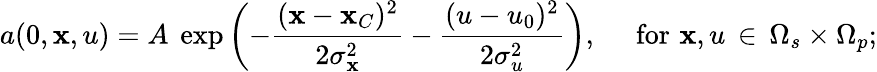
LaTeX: a(0,\mathbf{x},u)=A\ \exp\bigg({-\frac{(\mathbf{x}-\mathbf{x}_{C})^{2}}{2\sigma_{\mathbf{x}}^{2}}-\frac{(u-u_{0})^{2}}{2\sigma_{u}^{2}}}\bigg),\, \, \quad\textup{for}\, \, \mathbf{x},u\, \in\, \Omega_{s}\times\Omega_{p};